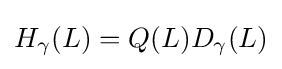
H_{\gamma }(L)=Q(L)D_{\gamma }(L)